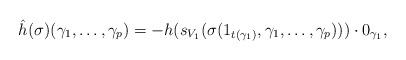
LaTeX: \begin{align*}\hat{h}(\sigma)(\gamma_1,\ldots,\gamma_p) = - h(s_{V_1}(\sigma(1_{t(\gamma_1)},\gamma_1,\ldots,\gamma_p)))\cdot 0_{\gamma_1},\end{align*}